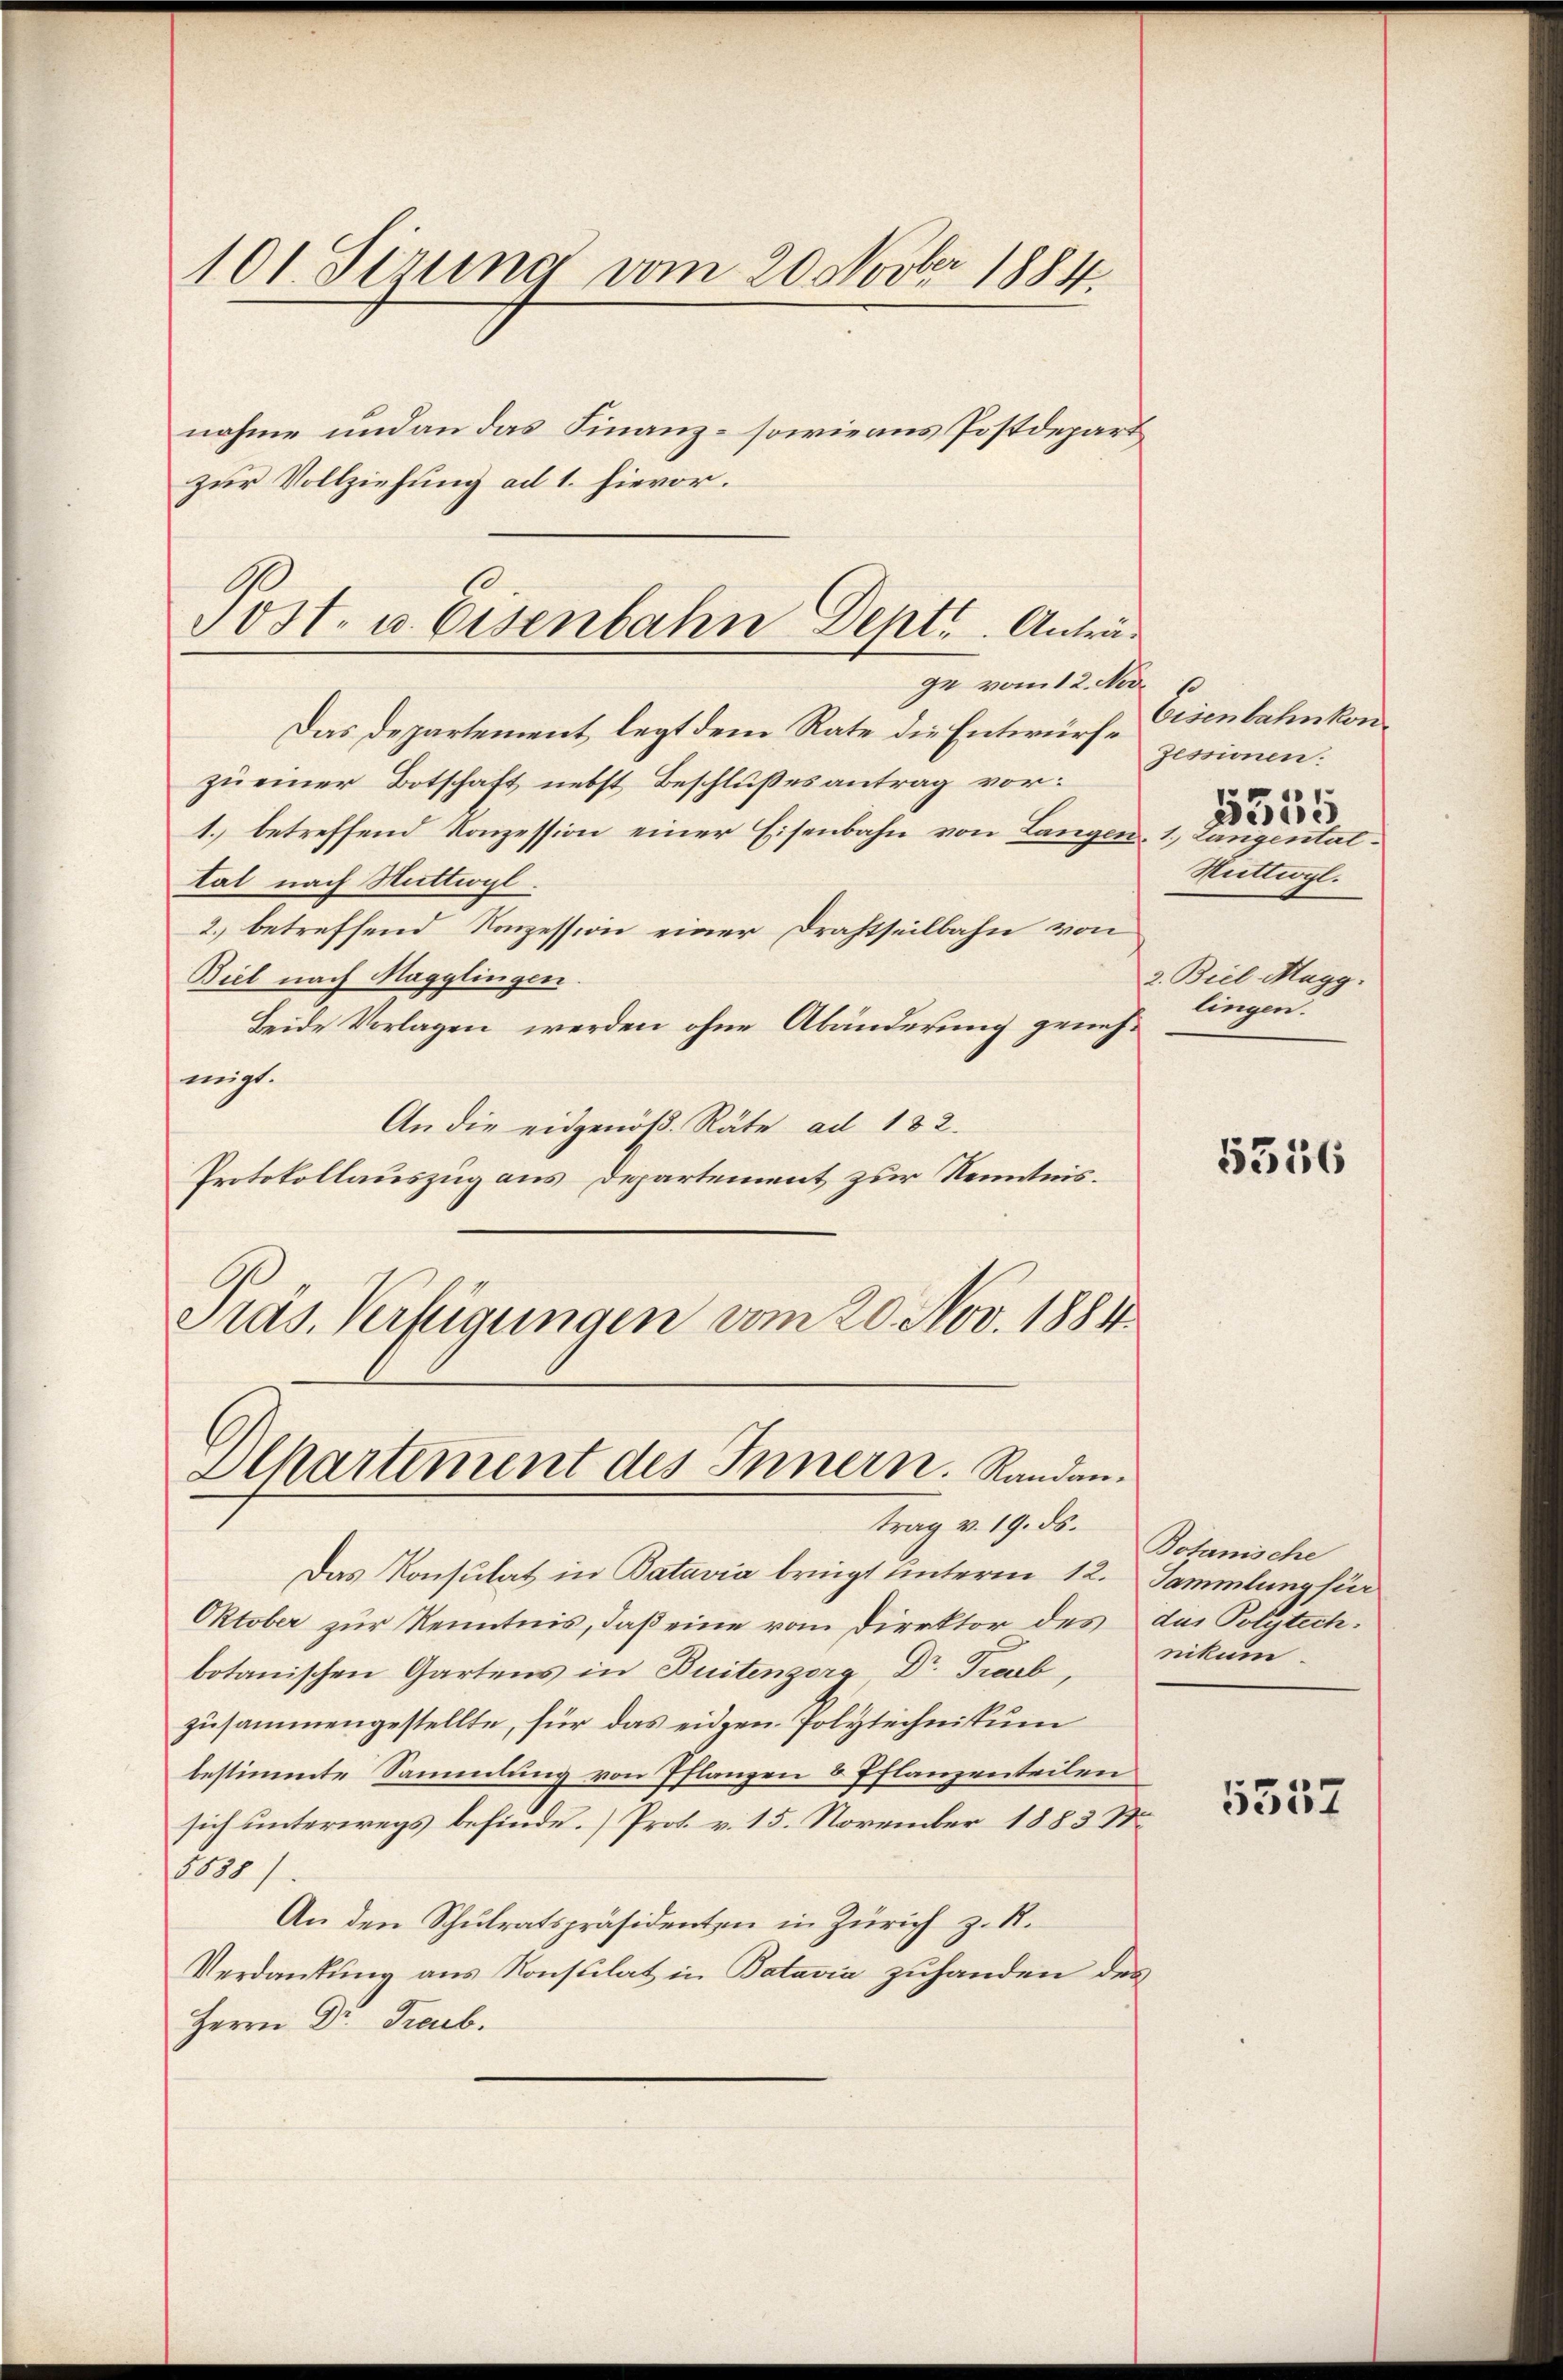
101 Sirung vom 20. Novber 1884.

nahme und an das Finanz- sowie aus Postdepart
zur Vollziehung ad 1. hievor.

Post- u. Eisenbahn Dept. Anträ¬

ge vom 12. Nov.
Das Departement legt dem Rate die Entwürfe
zu einer Botschaft nebst Beschlußes antrag vor:
1. betreffend Konzession einer Eisenbahn von Langen, 1. Langentattal nach Mittwyl
2.) betreffend Konzession einer Drahtseilbahn von
Biel nach Magglingen.
Beide Vorlagen werden ohne Abänderung genehmigt.
An die eidgenöß. Räte ad 182.
Protokollauszug aus Departement zur Kenntnis.
Präs. Verfügungen vom 20. Nov. 1884

Dlkartement des Innern. Randantrag v. 19. ds.

Das Konsulat in Batavia bringt unterm 12. Sammlung für
Oktober zur Kenntnis, daß eine vom Direktor des das Polytechbotanischen Gartens in Buitenzorg, Dr. Traub,
zusammengestellte, für das eiden Polytechnikum
bestimmte Sammlung von Pflanzen 8 Pflanzenteilen
sich unterwegs befinde.) Prot. v. 15. November 1883 St
1000 f
An den Schulratspräsidenten in Zürich z. R.
Verdankŭng ans Konsulat in Batavia zuhanden des
Herrn Dr. Traub.

Eisenbahnkon
Zessionen.
e
Hiettwyl.
2. Biel Magg.
lingen.

Minis

5356

Botanische
nikum.

5557